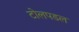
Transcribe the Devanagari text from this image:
टोलपडल